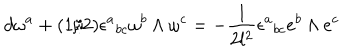
d \omega ^ { a } + ( 1 / 2 ) \epsilon ^ { a } { } _ { b c } \omega ^ { b } \wedge \omega ^ { c } = - \frac { 1 } { 2 l ^ { 2 } } \epsilon ^ { a } { } _ { b c } e ^ { b } \wedge e ^ { c }